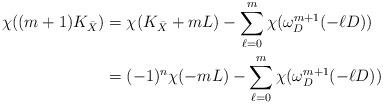
LaTeX: \begin{align*}\chi((m+1)K_{\bar X}) &=\chi(K_{\bar X}+mL)-\sum_{\ell=0}^m\chi(\omega^{m+1}_D(-\ell D))\\&=(-1)^n\chi(-mL)-\sum_{\ell=0}^m\chi(\omega^{m+1}_D(-\ell D))\end{align*}